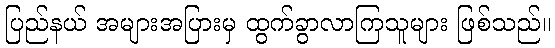
ပြည်နယ် အများအပြားမှ ထွက်ခွာလာကြသူများ ဖြစ်သည်။